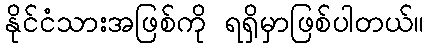
နိုင်ငံသားအဖြစ်ကို ရရှိမှာဖြစ်ပါတယ်။